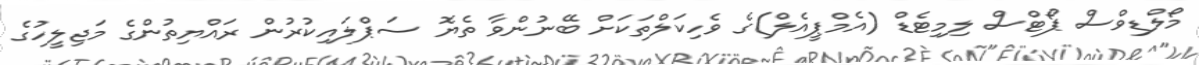
މޯލްޑިވްސް ޕޯޓްސް ލިމިޓެޑް (އެމްޕީއެލް)ގެ ވެހިކަލްތަކަށް ބޭނުންވާ ތެޔޮ ސަޕްލައިކުރުން ރައްޔިތުންގެ މަޖިލީހުގެ